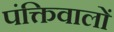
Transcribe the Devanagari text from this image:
पंक्तिवालों